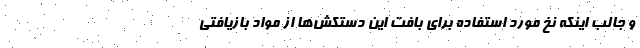
و جالب اینکه نخ مورد استفاده برای بافت این دستکش‌ها از مواد بازیافتی